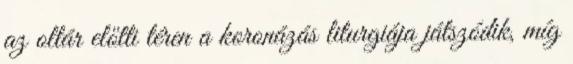
az oltár előtti téren a koronázás liturgiája játszódik, míg